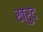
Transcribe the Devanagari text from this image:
ख्रुद